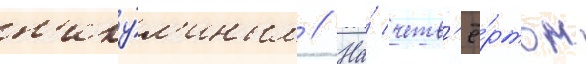
н'ику́л'иным // На́ четв'ё́ртом